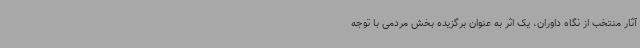
آثار منتخب از نگاه داوران، یک اثر به عنوان برگزیده بخش مردمی با توجه